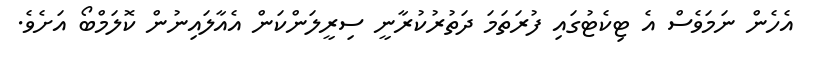
އެހެން ނަމަވެސް އެ ޓިކެޓުގައި ފުރަތަމަ ދަތުރުކުރާނީ ސިރީލަންކަން އެއާލައިނުން ކޮލަމްބޯ އަށެވެ.